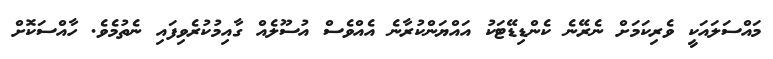
މައްސަލައަކީ ވެރިކަމަށް ނެރޭނެ ކެންޑިޑޭޓަކު އައްޔަންކުރާނެ އެއްވެސް އުސޫލެއް ގާއިމުކުރެވިފައި ނެތުމެވެ. ހާއްސަކޮށް